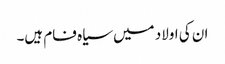
ان کی اولاد میں سیاہ فام ہیں۔